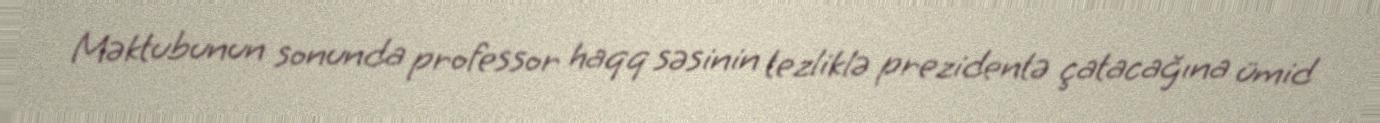
Məktubunun sonunda professor haqq səsinin tezliklə prezidentə çatacağına ümid